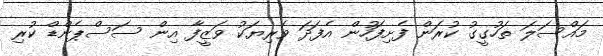
މައްސަލަ ތަހުގީގު ކުރަން ފެށިފަހުން އެފަދަ ވެރިޔަކު ވަޒީފާ އިން ސަސްޕެންޑް ކުރި